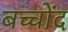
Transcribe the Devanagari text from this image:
बच्चोंद